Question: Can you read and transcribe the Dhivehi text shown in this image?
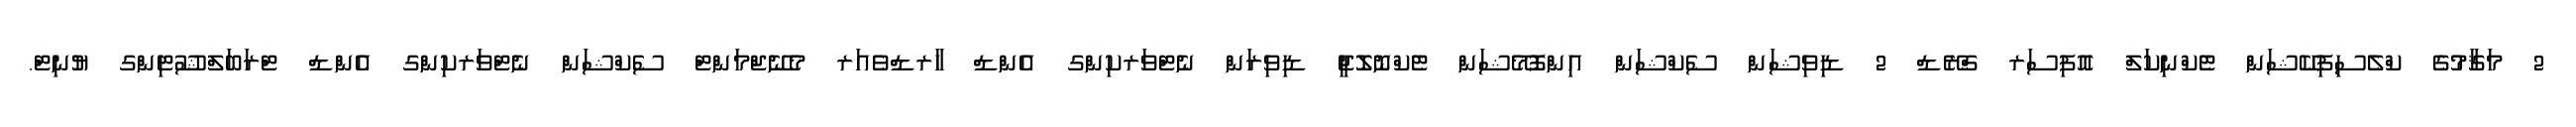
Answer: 2 މަޤާމުގެ ކްލެސިފިކޭޝަން ޓެކްނިކަލް އޮފިސަރ ގްރޭޑް 2 ޑިވިޝަން ސެކްޝަން އިންފޮމޭޝަން ޓެކްނޮލޮޖީ ޑިވިޜަން ނެޓްވަރކިންގ އެންޑް ހާރޑްވެއަރ މެނޭޖްމަންޓް ސެކްޝަން ނެޓްވަރކިންގ އެންޑް ޓްރަބަލްޝޫޓިންގ ޔުނިޓް.